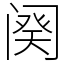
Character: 阕